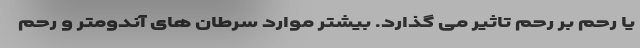
یا رحم بر رحم تاثیر می گذارد. بیشتر موارد سرطان های آندومتر و رحم